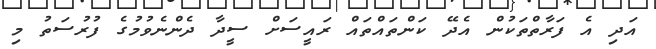
އަދި އެ ފަރާތްތަކުން އެދޭ ކަންތައްތައް ރައީސަށް ސީދާ ދެންނެވުމުގެ ފުރުސަތު މި